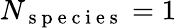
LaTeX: N_{\mathrm{~s~p~e~c~i~e~s~}}=1